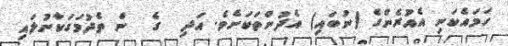
ހަމައެކަނި އެއުރެންގެ (ނުބައި) އެދުންތަކަށެވެ. އަދި  ގެ  ން ތެދުމަގަކާނުލައި